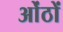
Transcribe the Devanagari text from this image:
ओंठों